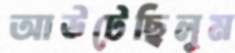
আউটেছিলুম